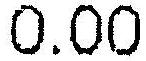
0.00